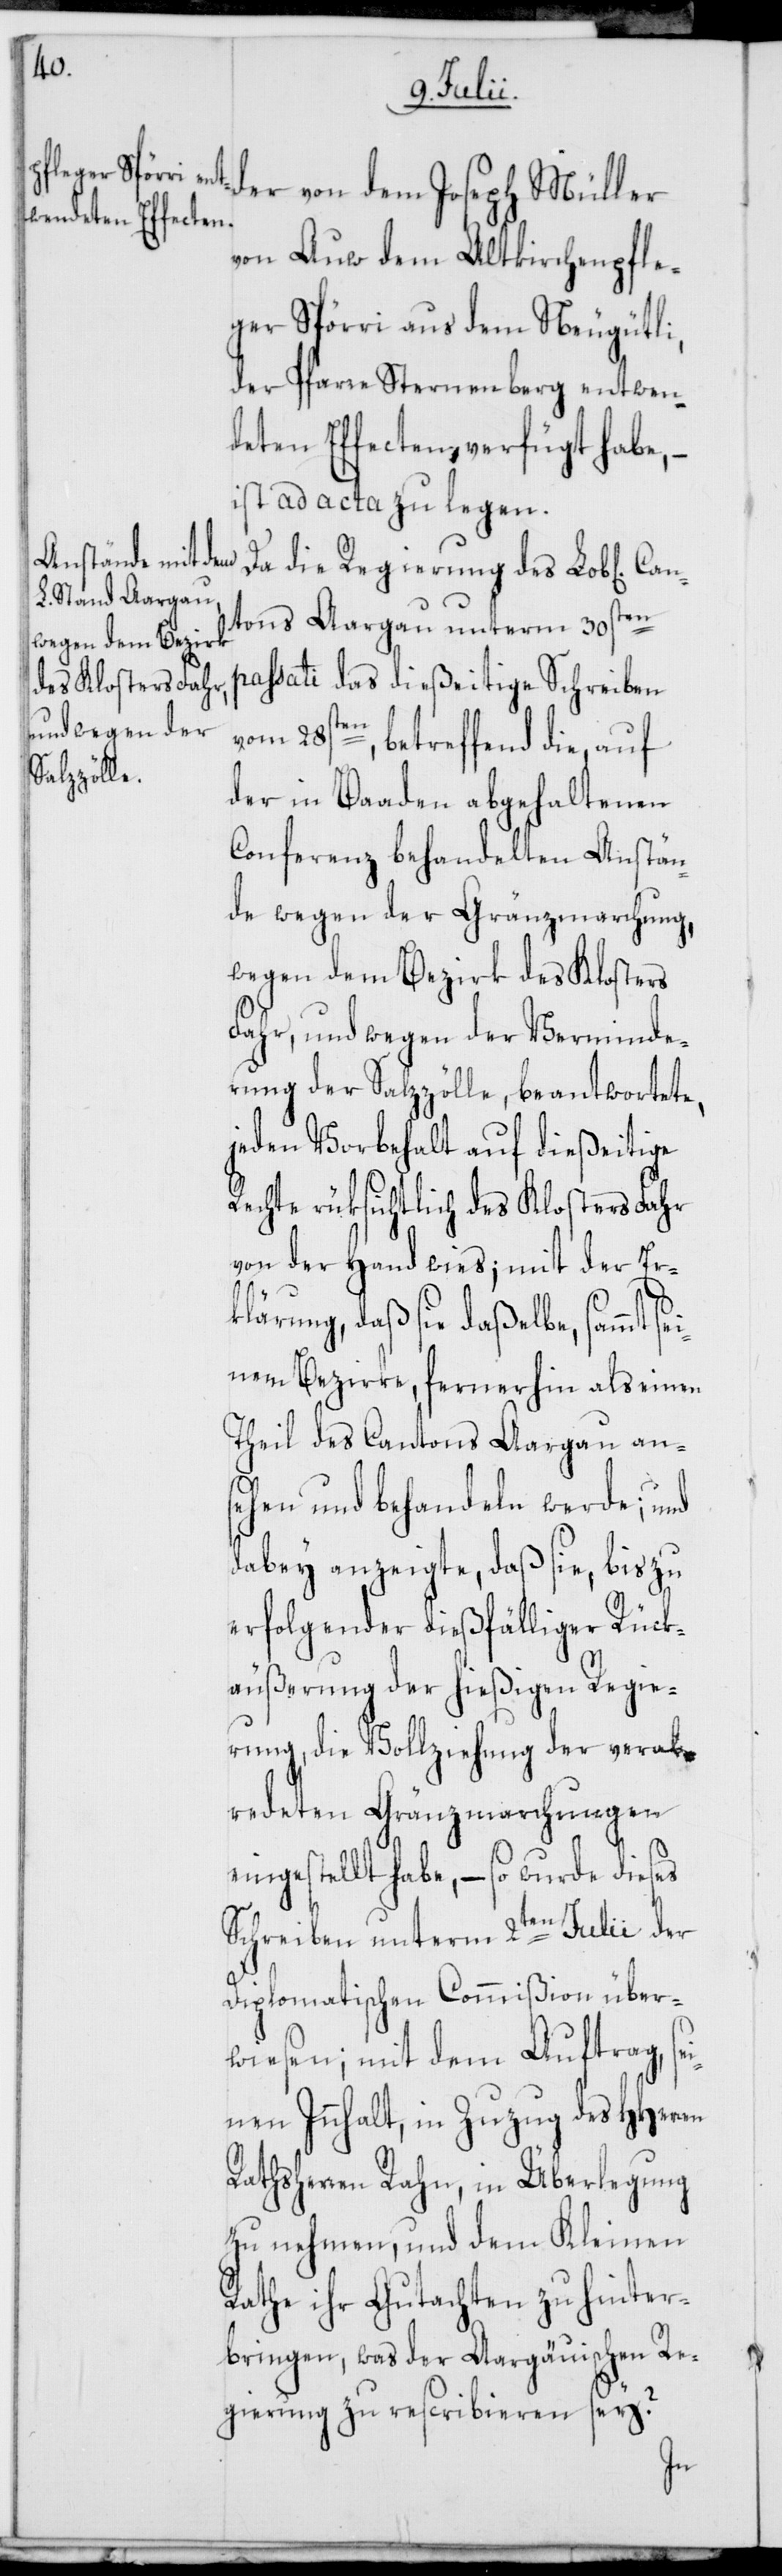
der von dem Joseph Müller
von Auw dem Altkirchenpfle¬
ger Spörri aus dem Neugütli,
der Pfarre Sternenberg entwen¬
deten Effecten verfügt habe, –
ist ad acta zu legen.
Da die Regierung des Lob[lichen]
tons Aargau unterm 30sten
passati das dießeitige Schreiben
vom 28sten, betreffend die, auf
der in Baaden abgehaltenen
Conferenz behandelten Anstän¬
de wegen der Gränzmarchung,
wegen dem Bezirk des Klosters
Fahr, und wegen der Verminde¬
rung der Salzzölle, beantwortete,
jeden Vorbehalt auf dießeitige
Rechte rüksichtlich des Klosters Fahr
von der Hand wies; mit der Er¬
klärung, daß sie daßelbe, sammt
nem Bezirke, fernerhin als einen
Theil des Cantons Aargau ans¬
ehen und behandeln werde; und
dabey anzeigte, daß sie, bis zu
erfolgender dießfälliger Rück¬
äußerung der hießigen Regie¬
rung, die Vollziehung der verab¬
redeten Gränzmarchungen
eingestellt habe, – so wurde dieses
Schreiben unterm 2ten Julii der
Diplomatischen Commißion über¬
wiesen; mit dem Auftrag, se¬
inen Innhalt, in Zuzug des HHerren
Rathsherren Rahn, in Überlegung
zu nehmen, und dem Kleinen
Rathe ihr Gutachten zu hinter¬
bringen, was der Aargäuischen Re¬
gierung zu rescribieren sey?
sei¬